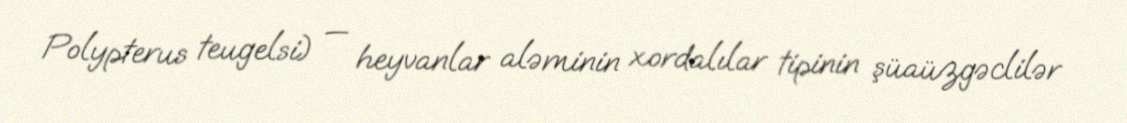
Polypterus teugelsi) — heyvanlar aləminin xordalılar tipinin şüaüzgəclilər